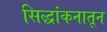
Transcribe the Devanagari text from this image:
सिद्धांकनातून